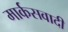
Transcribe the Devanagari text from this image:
मार्कसवादी